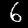
Digit: 6